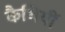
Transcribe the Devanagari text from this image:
कैथियीं